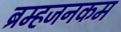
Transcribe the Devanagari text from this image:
ब्रम्हजनकम